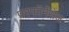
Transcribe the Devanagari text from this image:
परफॉर्मेंसेज